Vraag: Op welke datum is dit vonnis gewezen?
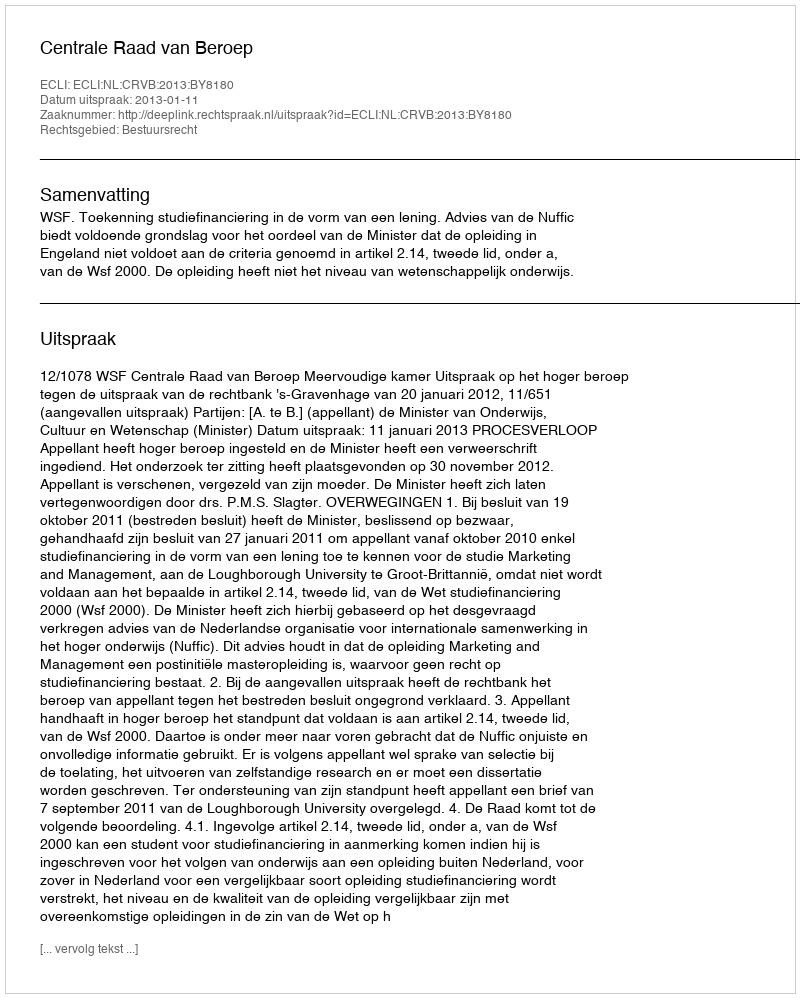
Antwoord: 2013-01-11